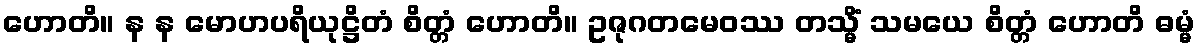
ဟောတိ။ န န မောဟပရိယုဋ္ဌိတံ စိတ္တံ ဟောတိ။ ဥဇုဂတမေဝဿ တသ္မိံ သမယေ စိတ္တံ ဟောတိ ဓမ္မံ